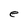
Character: e